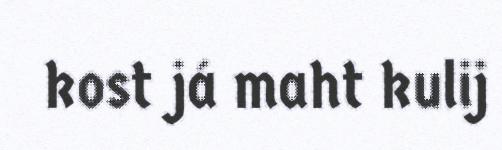
kost já maht kulij